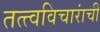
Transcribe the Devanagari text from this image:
तत्त्वविचारांची